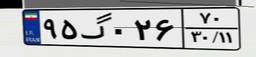
۹۵گ۰۲۶۷۰